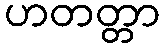
ဟတတ္တာ